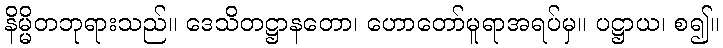
နိမ္မိတဘုရားသည်။ ဒေသိတဋ္ဌာနတော၊ ဟောတော်မူရာအရပ်မှ။ ပဋ္ဌာယ၊ စ၍။